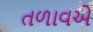
તળાવએ